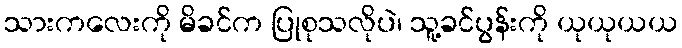
သားကလေးကို မိခင်က ပြုစုသလိုပဲ၊ သူ့ခင်ပွန်းကို ယုယုယယ